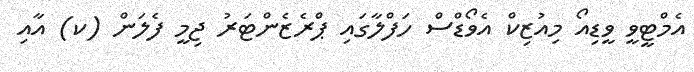
އެމްޓީވީ ވީޑިއޯ މިއުޒިކް އެވޯޑްސް ހަފްލާގައި ޕްރެޒެންޓަރު ޖިމީ ފެލަން (ކ) އާއި